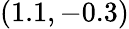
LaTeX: (1.1,-0.3)